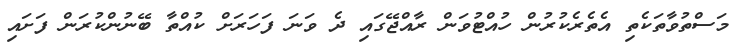
މަސްތުވާތަކެތި އެތެރެކުރުން ހުއްޓުވަން ރާއްޖޭގައި ދެ ވަނަ ފަހަރަށް ކުއްތާ ބޭނުންކުރަން ފަށައި